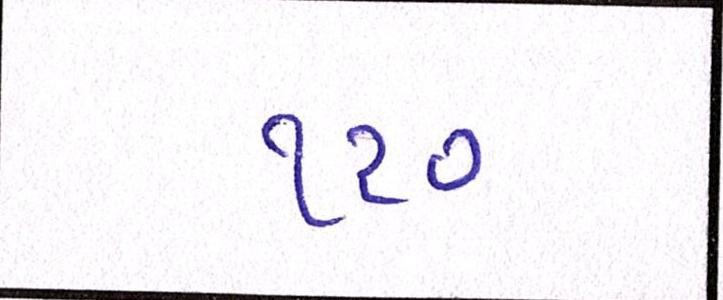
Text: ૧૨૦